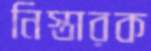
নিস্তারক